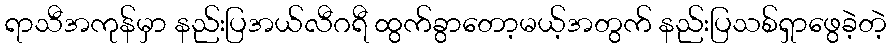
ရာသီအကုန်မှာ နည်းပြအယ်လီဂရီ ထွက်ခွာတော့မယ့်အတွက် နည်းပြသစ်ရှာဖွေခဲ့တဲ့